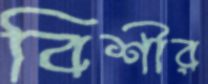
বিশীর